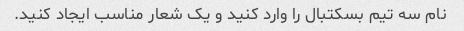
نام سه تیم بسکتبال را وارد کنید و یک شعار مناسب ایجاد کنید.